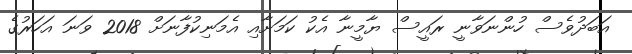
އަބަދުވެސް ހުންނަވާނީ ރައީސް ޔާމީނާ އެކު ކަމަށާއި އެމަނިކުފާނަށް 2018 ވަނަ އަހަރުގެ